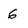
Character: 6